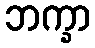
ဘက္ခာ